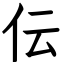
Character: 伝